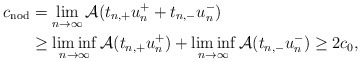
\begin{align*} c_\mathrm{nod} &= \lim_{n \to \infty} \mathcal{A} (t_{n, +} u_n^+ + t_{n, -} u_n^-)\\&\ge \liminf_{n \to \infty} \mathcal{A} (t_{n, +} u_n^+) + \liminf_{n \to \infty} \mathcal{A} (t_{n, -} u_n^-) \ge 2 c_0,\end{align*}